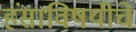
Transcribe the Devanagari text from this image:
हंसाविषयीचे